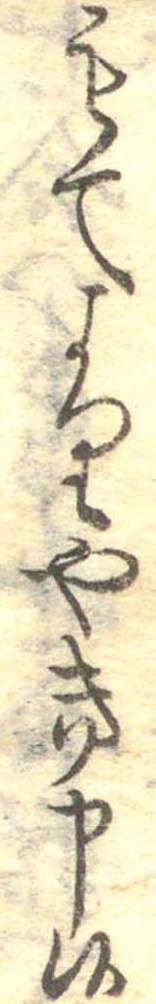
もてよりやき申候